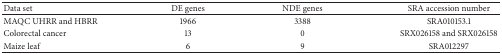
<table><thead><tr><td><b>Data set</b></td><td><b>DE genes</b></td><td><b>NDE genes</b></td><td><b>SRA accession number</b></td></tr></thead><tbody><tr><td>MAQC UHRR and HBRR</td><td>1966</td><td>3388</td><td>SRA010153.1</td></tr><tr><td>Colorectal cancer</td><td>13</td><td>0</td><td>SRX026158 and SRX026158</td></tr><tr><td>Maize leaf</td><td>6</td><td>9</td><td>SRA012297</td></tr></tbody></table>